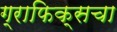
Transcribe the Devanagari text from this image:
ग्राफिक्सचा